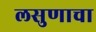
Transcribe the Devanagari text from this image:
लसुणाचा